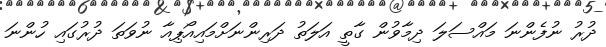
ދުރު ނުފެންނަ މައްސަލަ ދިމާވުން ގާތީ އަލަތު ދަރިންނަށްމައިއޯޕިއާ ނުވަތަ ދުރުގައި ހުންނަ